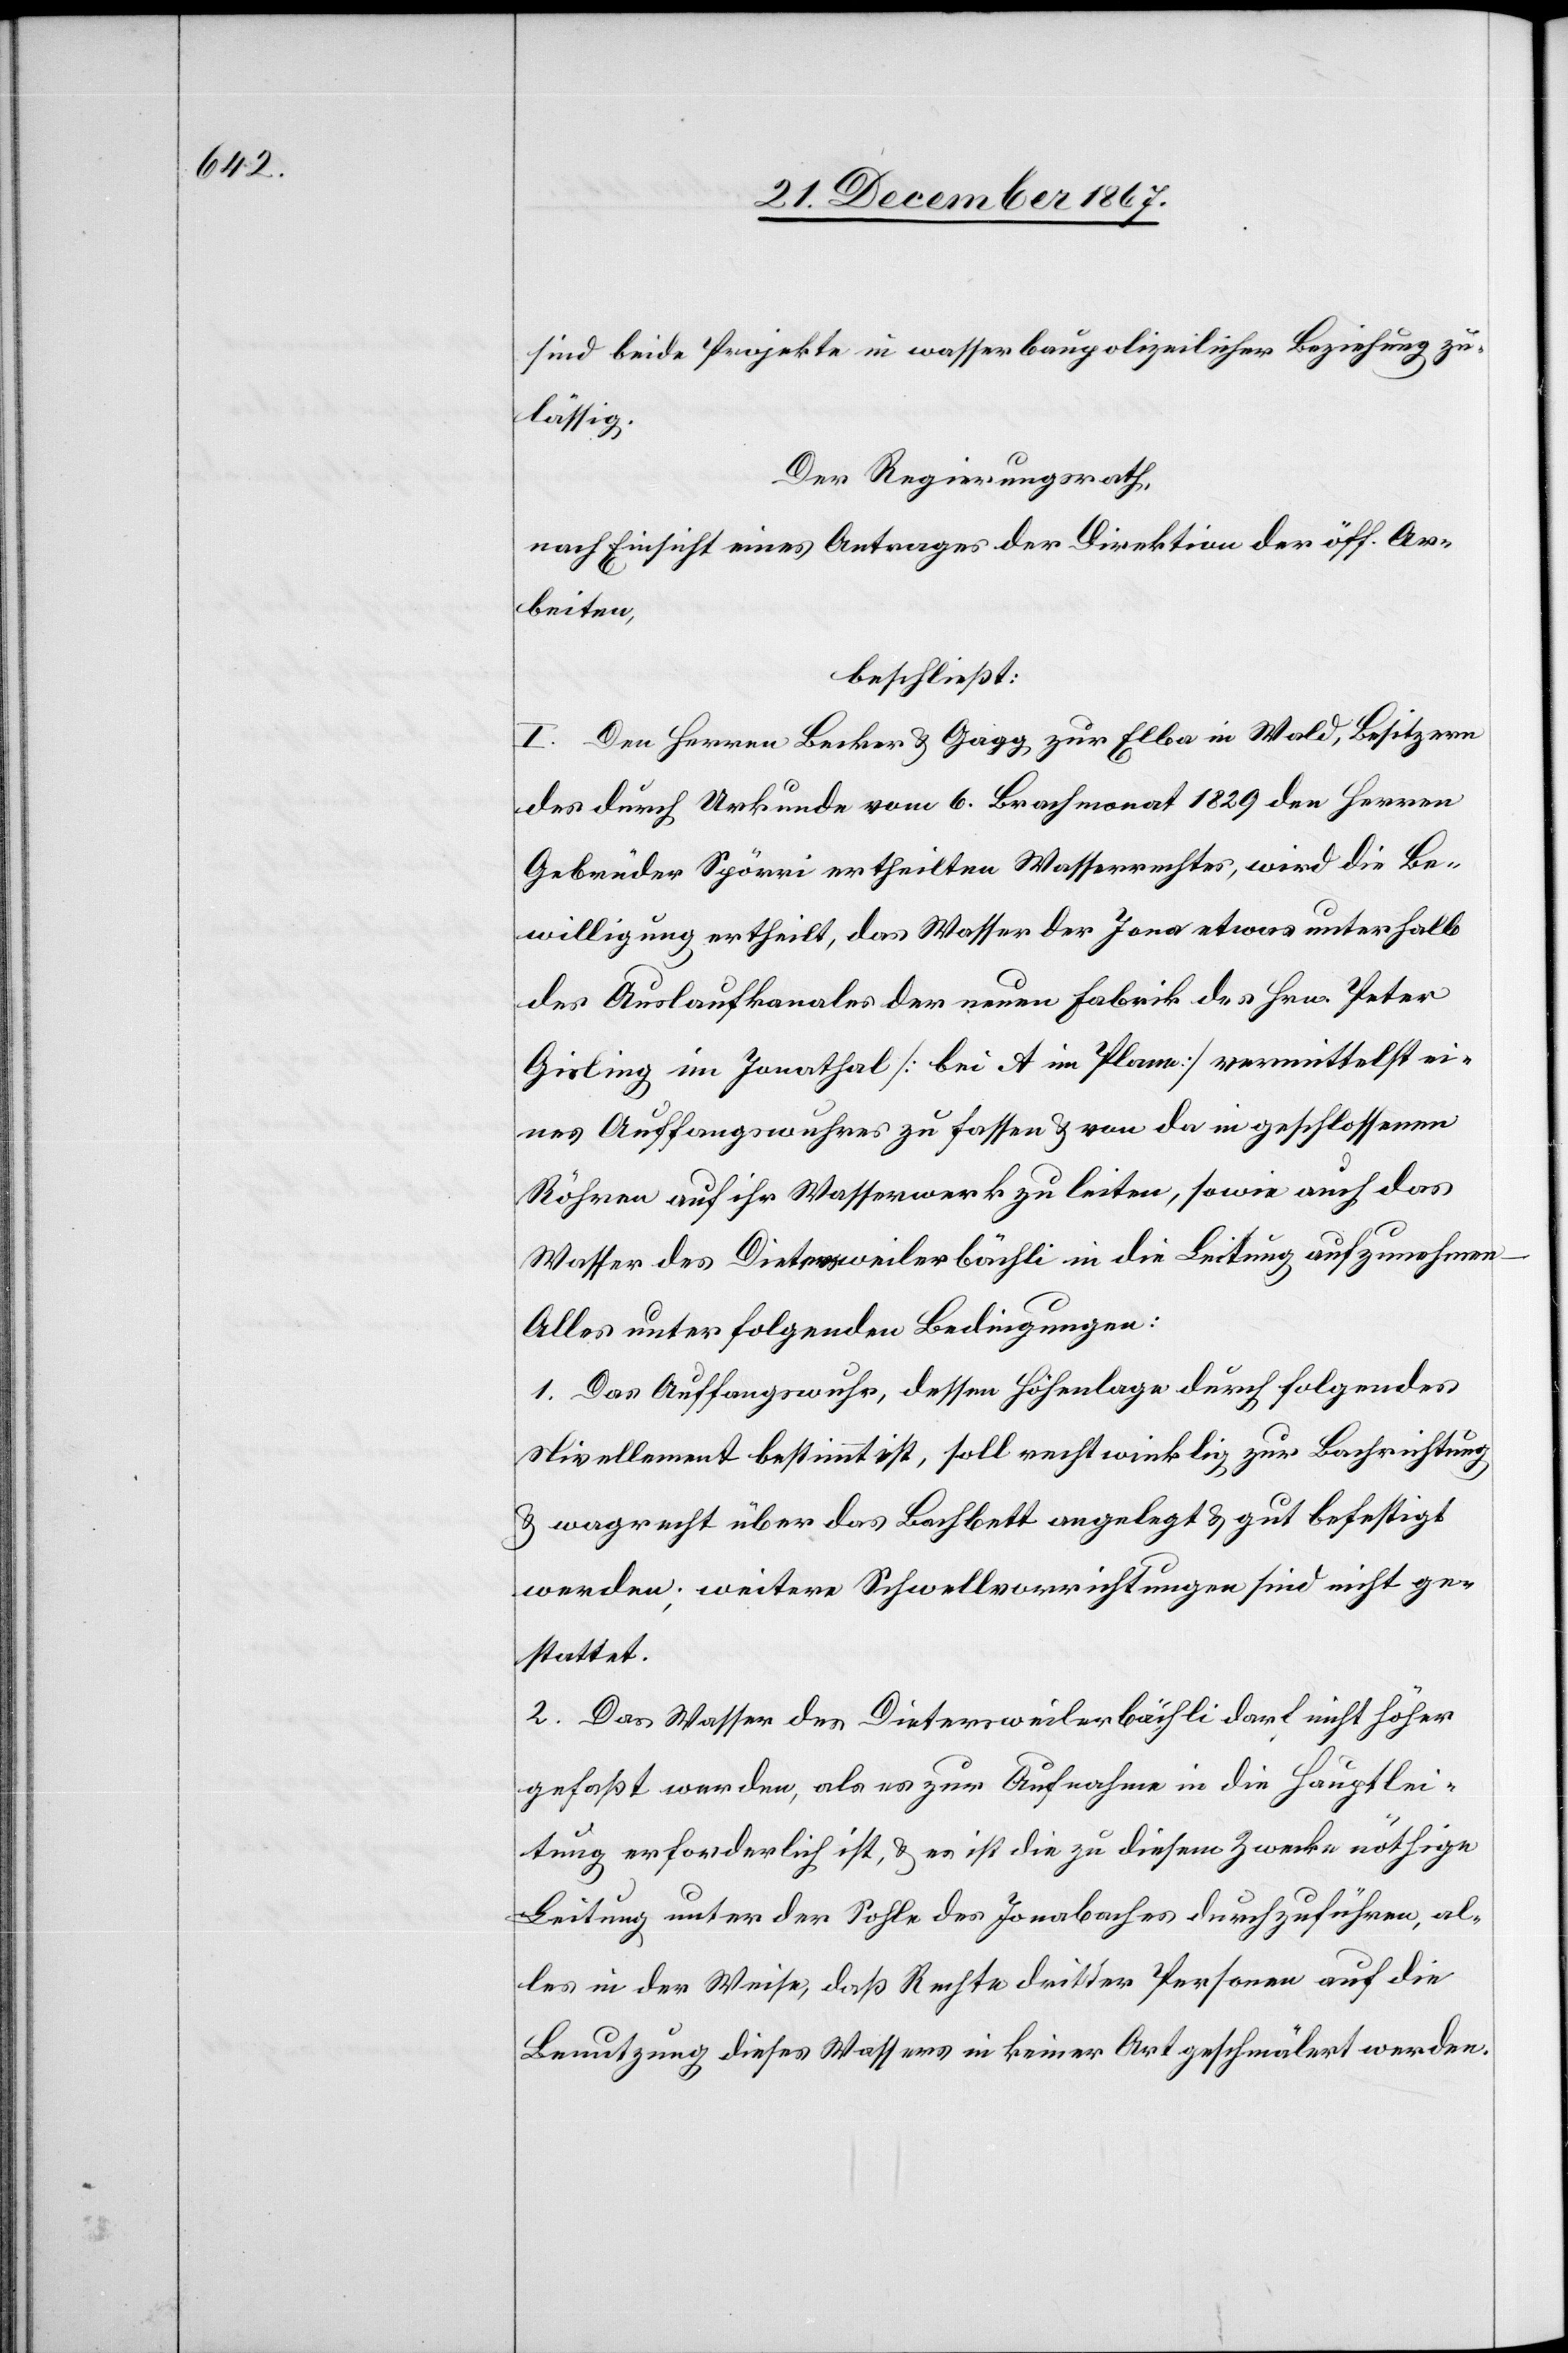
sind beide Projekte in wasserbaupolizeilicher Beziehung zu¬
lässig.
Der Regierungsrath,
nach Einsicht eines Antrages der Direktion der öff. Ar¬
beiten,
beschließt:
I. Den Herren Becker u. Gagg, zur Elba in Wald, Besitzer
des durch Urkunde vom 6. Brachmonat 1829 den Herren
Gebrüder Spörri ertheilten Wasserrechtes, wird die Be¬
willigung ertheilt, das Wasser der Jona etwas unterhalb
des Auslaufkanales der neuen Fabrik des Hrn. Peter
Gisling im Jonathal [bei A im Plane] vermittelst ei¬
nes Auffangswuhres zu fassen u. von da in eingeschlossenen
Röhren auf ihr Wasserwerk zu leiten, sowie auch das
Wasser des Dietersweilerbächli in die Leitung aufzunehmen
Alles unter folgenden Bedingungen:
1. Das Auffangswuhr, dessen Höhenlage durch folgendes
Nivellement bestimmt ist, soll rechtwinklig zur Bachrichtung
u. wagrecht über das Bachbett angelegt u. gut befestigt
werden; weitere Schwellvorrichtungen sind nicht ge¬
stattet.
2. Das Wasser des Dietersweilerbächli darf nicht höher
gefaßt werden, als es zur Aufnahme in die Hauptlei¬
tung erforderlich ist, u. es ist die zu diesem Zwecke nöthige
Leitung unter der Sohle des Jonabaches durchzuführen, al¬
les in der Weise, daß Rechte dritter Personen auf die
Benutzung dieses Wassers in keiner Art geschmälert werden.